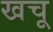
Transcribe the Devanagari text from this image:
खचू